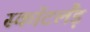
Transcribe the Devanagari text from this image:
स्कॉटलैंड़